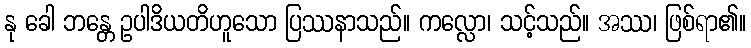
နု ခေါ ဘန္တေ ဥပါဒိယတိဟူသော ပြဿနာသည်။ ကလ္လော၊ သင့်သည်။ အဿ၊ ဖြစ်ရာ၏။